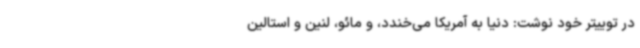
در توییتر خود نوشت: دنیا به آمریکا می‌خندد، و مائو، لنین و استالین